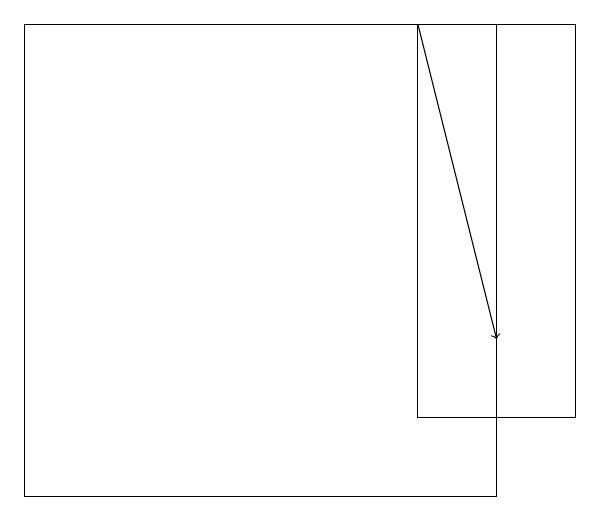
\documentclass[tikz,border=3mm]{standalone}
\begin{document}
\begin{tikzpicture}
\draw (8,12) rectangle (6,17);
\draw[->] (6,17) -- (7,13);
\draw (7,11) rectangle (1,17);
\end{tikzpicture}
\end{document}